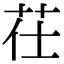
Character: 茌